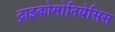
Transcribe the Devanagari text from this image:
ट्राइकोमोनियेसिस